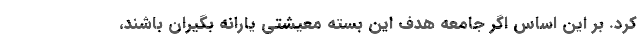
کرد. بر این اساس اگر جامعه هدف این بسته معیشتی یارانه بگیران باشند،